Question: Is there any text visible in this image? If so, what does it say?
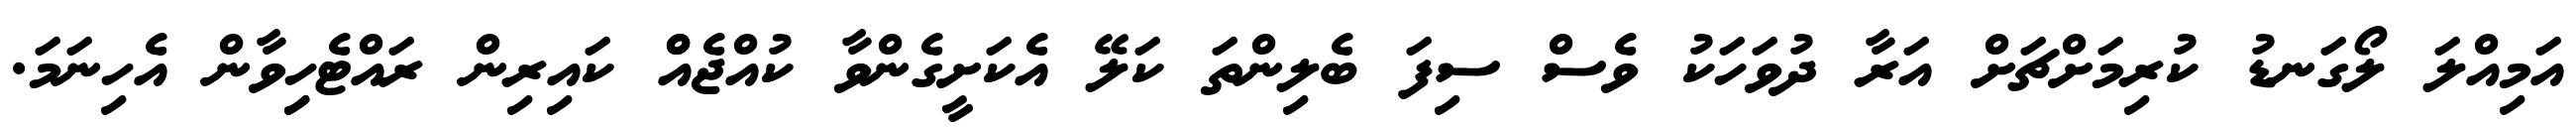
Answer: އަމިއްލަ ލޯގަނޑު ކުރިމަށްޗަށް އަރާ ދުވަހަކު ވެސް ސިފަ ބެލިންތަ ކަލޭ އެކަށީގެންވާ ކުއްޖެއްް ކައިރިން ރައްޓެހިިވާން އެހިނަމަ.